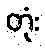
တုံး